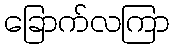
ခြောက်လကြာ